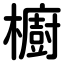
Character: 櫥